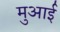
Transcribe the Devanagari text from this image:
मुआई